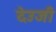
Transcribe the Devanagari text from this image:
देउजी